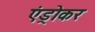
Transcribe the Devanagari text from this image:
एंड्रोकर